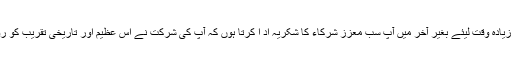
میں آپ کا زیادہ وقت لیئے بغیر آخر میں آپ سب معزز شرکاء کا شکریہ اد ا کرتا ہوں کہ آپ کی شرکت نے اس عظیم اور تاریخی تقریب کو رونق بخشی۔